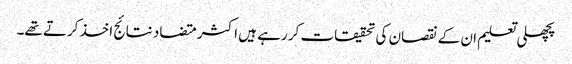
پچھلی تعلیم ان کے نقصان کی تحقیقات کر رہے ہیں اکثر متضاد نتائج اخذ کرتے تھے۔